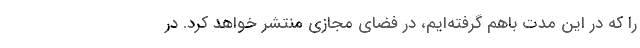
را که در این مدت باهم گرفته‌ایم، در فضای مجازی منتشر خواهد کرد. در